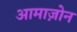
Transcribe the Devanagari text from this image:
आमाज़ोन